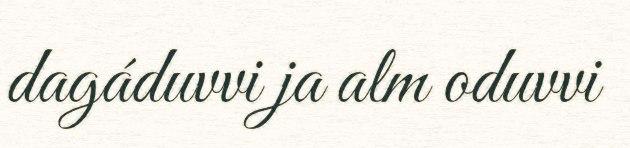
dagáduvvi ja alm oduvvi